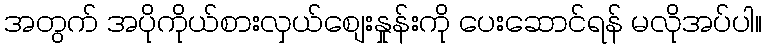
အတွက် အပိုကိုယ်စားလှယ်စျေးနှုန်းကို ပေးဆောင်ရန် မလိုအပ်ပါ။